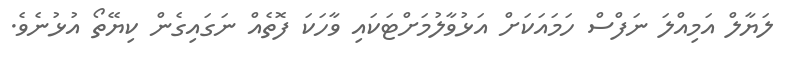
ލަޔާލް އަމިއްލަ ނަފްސް ހަމައަކަށް އަޅުވާލުމަށްޓަކައި ވާހަކަ ފޮތެއް ނަގައިގެން ކިޔޭތޯ އުޅުނެވެ.